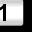
Digit: 1